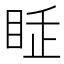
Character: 𥅸